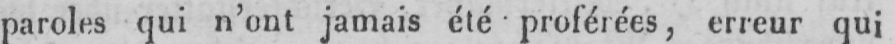
paroles qui n’ont jamais été proférées, erreur qui